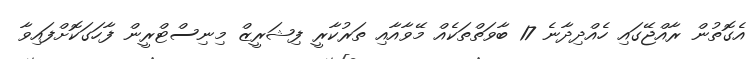
އެގޮތުން ރާއްޖޭގައި ހެއްދިދާނެ 17 ބާވަތްތަކެއް މޭވާއާއި ތަރުކާރީ ފިޝަރީޒް މިނިސްޓްރީން ފާހަގަކޮށްފައިވާ